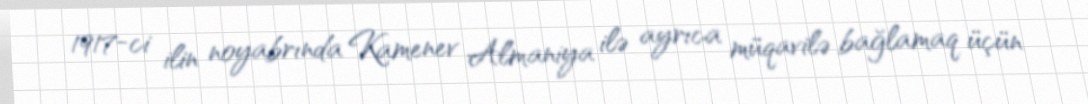
1917-ci ilin noyabrında Kamenev Almaniya ilə ayrıca müqavilə bağlamaq üçün